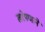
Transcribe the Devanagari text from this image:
खरेपणाने